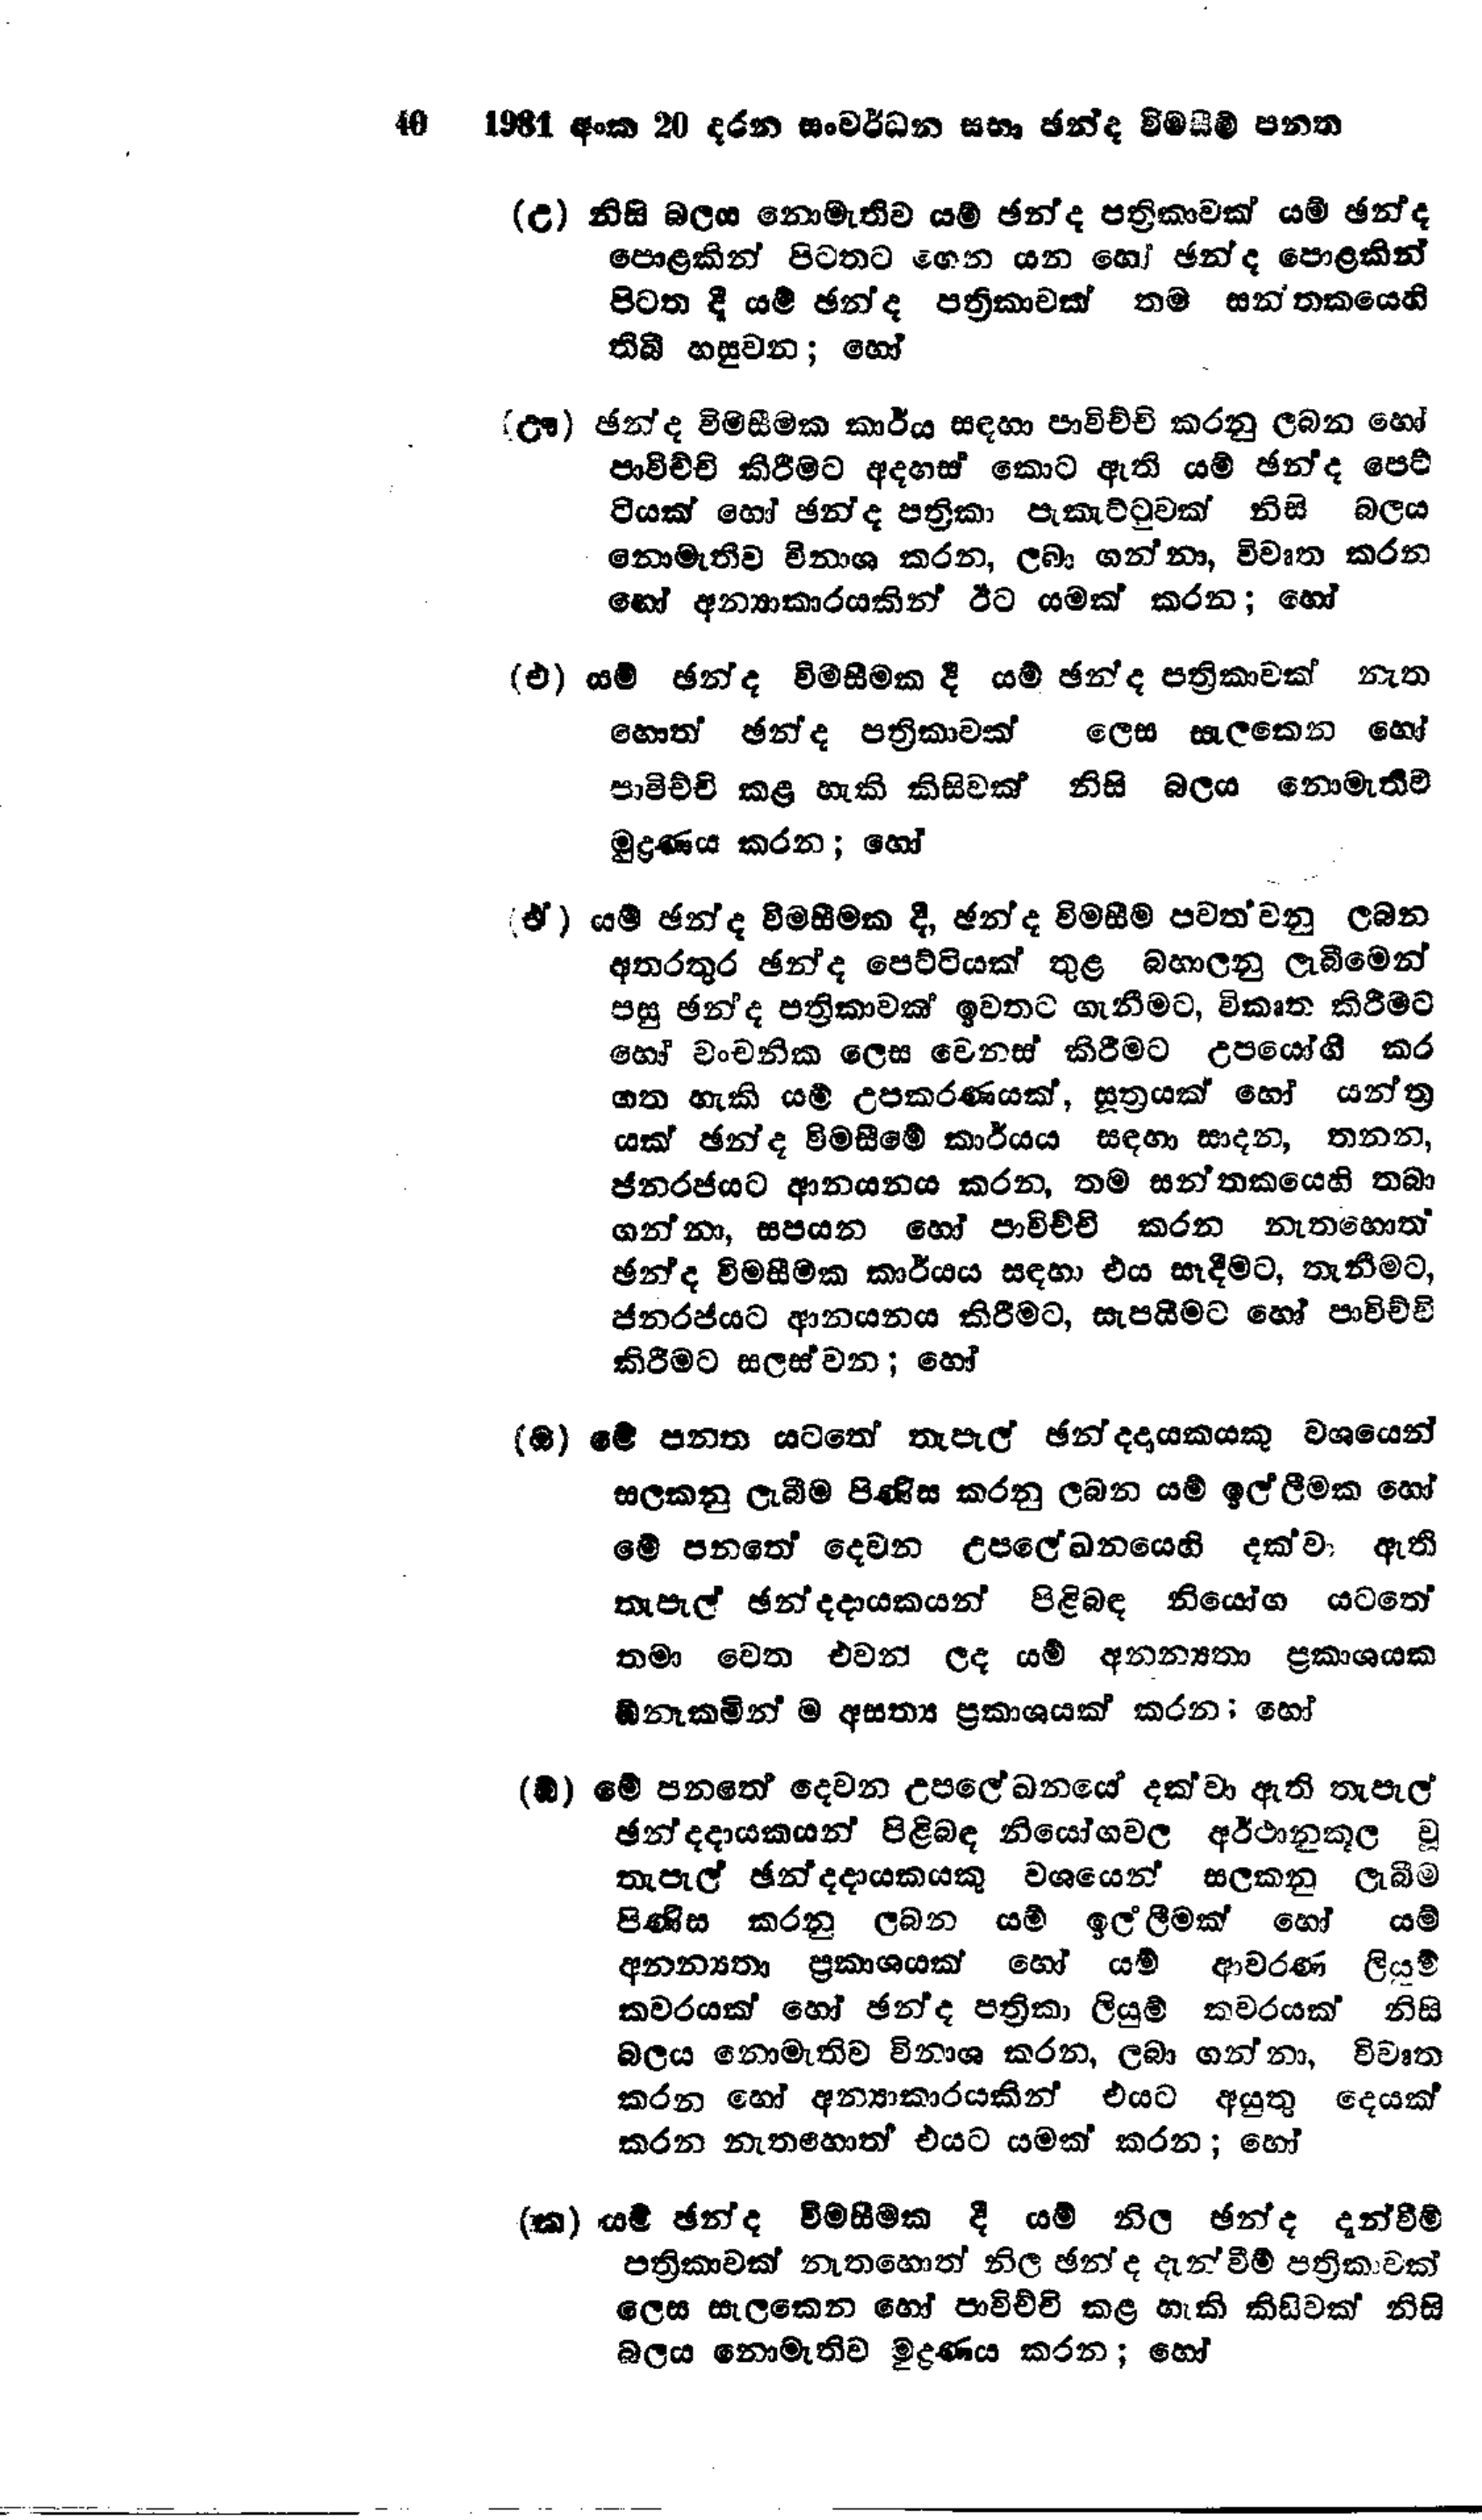
40	1981 අංක 20 දරන සංවර්ධන සභා ඡන්ද විමසීම් පනත

(උ) නිසි බලය නොමැතිව යම් ඡන්ද පත්‍රිකාවක් යම් ඡන්ද
පොළකින් පිටතට ගෙන යන හෝ ඡන්ද පොළකින්
පිටත දී යම් ඡන්ද පත්‍රිකාවක් තම සතකයෙහි
තිබී හසුවන; හෝ

(ඌ) ඡන්ද විමසීමක කාර්ය සඳහා පාවිච්චි කරනු ලබන හෝ
පාවිච්චි කිරීමට අදහස් කොට ඇති යම් ඡන්ද පෙට්
ටියක් හෝ ඡන් ද පත්‍රිකා පැකැට්ටුවක් නිසි බලය
නොමැතිව විනාශ කරන,ලබා ගන්නා, විවෘත කරන
හෝ අන්‍යාකාරයකින් ඊට යමක් කරන; හෝ

(එ) යම් ඡන්ද විමසීමක දී යම් ඡන්ද පත්‍රිකාවක් නැත
හොත් ඡන්ද පත්‍රිකාවක් ලෙස සැලකෙන හෝ
පාවිච්චි කළ හැකි කිසිවක් නිසි බලය නොමැතිව
මුද්‍රණය කරන; හෝ

ඒ) යම් ඡන්ද විමසීමක දී, ඡන්ද විමසීම පවත වනු ලබන
අතරතුර ඡන්ද පෙට්ටියක් තුළ බහාලනු ලැබීමෙන්
පසු ඡන්ද පත්‍රිකාවක් ඉවතට ගැනීමට, විකෘත කිරීමට
හෝ වංචනික ලෙස වෙනස් කිරීමට උපයෝගී කර
ගත හැකි යම් උපකරණයක්, සූත්‍රයක් හෝ යන්ත්‍ර
යක් ඡන්ද විමසීමේ කාර්යය සඳහා සාදන, තනන,
ජනරජයට ආනයනය කරන, තම සන්තකයෙහි තබා
ගන්නා, සපයන හෝ පාචිච්චි කරන නැතහොත්
ඡන්ද විමසීමක කාර්යය සඳහා එය සෑදීමට, තැනීමට,
ජන රජයට ආනයනය කිරීමට, සැපයීමට හෝ පාවිච්චි
කිරීමට සලස් වන; හෝ

(ඔ) මේ පනත යටතේ තැපැල් ඡන්දදායකයකු වශයෙන්
සලකනු ලැබීම පිණිස කරනු ලබන යම් ඉල්ලීමක හෝ
මේ පනතේ දෙවන උප ලේඛනයෙහි දක්වා ඇති
තැපැල් ඡන්දදායකයන් පිළිබඳ නියෝග යටතේ
තමා වෙත එවන ලද යම් අනන්‍යතා ප්‍රකාශයක
ඕනෑකමින්ම අසත්‍ය ප්‍රකාශයක් කරන; හෝ

(ඕ) මේ පනතේ දෙවන උපලේඛනයේ දක්වා ඇති තැපැල්
ඡන්දදායකයන් පිළිබඳ නියෝග වල අර්ථානුකූල වූ
තැපැල් ඡන්දදායකයකු වශයෙන් සලකනු ලැබීම
පිණිස කරනු ලබන යම් ඉල්ලීමක් හෝ යම්
අනන්‍යතා ප්‍රකාශයක් හෝ යම් ආවරණ ලියම්
කවරයක් හෝ ඡන්ද පත්‍රිකා ලියුම් කවරයක් නිසි
බලය නොමැතිව විනාශ කරන, ලබා ගන්නා, විවෘත
කරන හෝ අන්‍යාකාරයකින් එයට අයුතු දෙයක්
කරන නැතහොත් එයට යමක් කරන; හෝ

(ක) යම් ඡන්ද විමසීමක දී යම් නිල ඡන්ද දැන්වීම්
පත්‍රිකාවක් නැතහොත් නිල ඡන්ද දැන්වීම් පත්‍රිකාවක්
ලෙස සැලකෙන හෝ පාවිච්චි කළ හැකි කිසිවක් නිසි
බලය නොමැතිව මුද්‍රණය කරන;හෝ